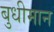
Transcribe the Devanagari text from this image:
बुधीमान